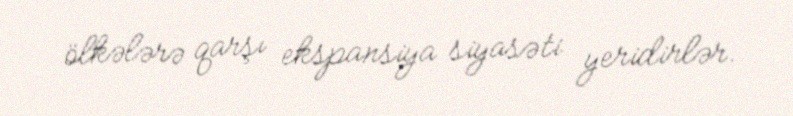
ölkələrə qarşı ekspansiya siyasəti yeridirlər.